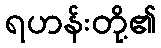
ရဟန်းတို့၏